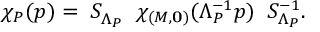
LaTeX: \chi _ { P } ( p ) = \; S _ { \Lambda _ { P } } ^ { } \; \; \chi _ { ( M , { \bf 0 } ) } ( \Lambda _ { P } ^ { - 1 } p ) \; \; S _ { \Lambda _ { P } } ^ { - 1 } .